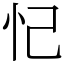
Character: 忋